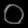
Digit: ၀